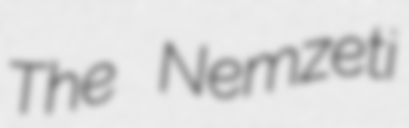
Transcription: The Nemzeti